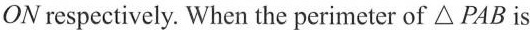
ON respectively. When the perimeter of \triangle PAB is